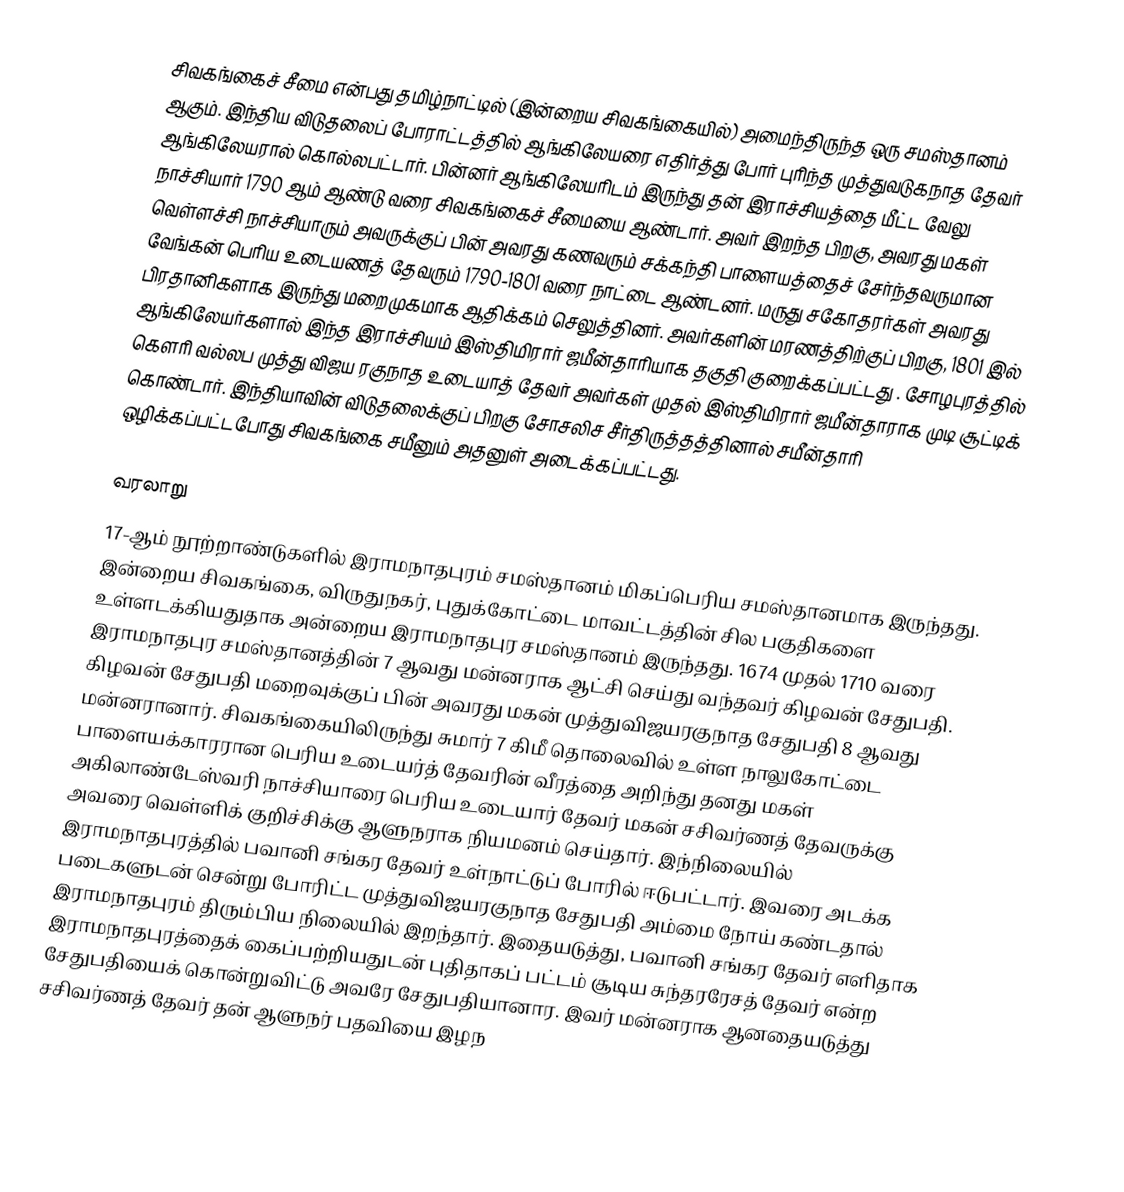
சிவகங்கைச் சீமை என்பது தமிழ்நாட்டில் (இன்றைய சிவகங்கையில்) அமைந்திருந்த ஒரு சமஸ்தானம் ஆகும். இந்திய விடுதலைப் போராட்டத்தில் ஆங்கிலேயரை எதிர்த்து போர் புரிந்த முத்துவடுகநாத தேவர் ஆங்கிலேயரால் கொல்லபட்டார். பின்னர் ஆங்கிலேயரிடம் இருந்து தன் இராச்சியத்தை மீட்ட வேலு நாச்சியார் 1790 ஆம் ஆண்டு வரை சிவகங்கைச் சீமையை ஆண்டார். அவர் இறந்த பிறகு, அவரது மகள் வெள்ளச்சி நாச்சியாரும் அவருக்குப் பின் அவரது கணவரும் சக்கந்தி பாளையத்தைச் சேர்ந்தவருமான வேங்கன் பெரிய உடையணத் தேவரும் 1790-1801 வரை நாட்டை ஆண்டனர். மருது சகோதரர்கள் அவரது பிரதானிகளாக இருந்து மறைமுகமாக ஆதிக்கம் செலுத்தினர். அவர்களின் மரணத்திற்குப் பிறகு, 1801 இல் ஆங்கிலேயர்களால் இந்த இராச்சியம் இஸ்திமிரார் ஜமீன்தாரியாக தகுதி குறைக்கப்பட்டது . சோழபுரத்தில் கௌரி வல்லப முத்து விஜய ரகுநாத உடையாத் தேவர் அவர்கள் முதல் இஸ்திமிரார் ஜமீன்தாராக முடி சூட்டிக் கொண்டார். இந்தியாவின் விடுதலைக்குப் பிறகு சோசலிச சீர்திருத்தத்தினால் சமீன்தாரி ஒழிக்கப்பட்டபோது சிவகங்கை சமீனும் அதனுள் அடைக்கப்பட்டது.

வரலாறு
17-ஆம் நூற்றாண்டுகளில் இராமநாதபுரம் சமஸ்தானம் மிகப்பெரிய சமஸ்தானமாக இருந்தது. இன்றைய சிவகங்கை, விருதுநகர், புதுக்கோட்டை மாவட்டத்தின் சில பகுதிகளை உள்ளடக்கியதுதாக அன்றைய இராமநாதபுர சமஸ்தானம் இருந்தது. 1674 முதல் 1710 வரை இராமநாதபுர சமஸ்தானத்தின் 7 ஆவது மன்னராக ஆட்சி செய்து  வந்தவர் கிழவன் சேதுபதி. கிழவன் சேதுபதி மறைவுக்குப் பின் அவரது மகன் முத்துவிஜயரகுநாத சேதுபதி 8 ஆவது மன்னரானார். சிவகங்கையிலிருந்து சுமார் 7 கிமீ தொலைவில் உள்ள  நாலுகோட்டை பாளையக்காரரான பெரிய உடையர்த் தேவரின் வீரத்தை அறிந்து தனது மகள் அகிலாண்டேஸ்வரி நாச்சியாரை பெரிய உடையார் தேவர் மகன் சசிவர்ணத் தேவருக்கு அவரை வெள்ளிக் குறிச்சிக்கு ஆளுநராக நியமனம் செய்தார். இந்நிலையில் இராமநாதபுரத்தில் பவானி சங்கர தேவர் உள்நாட்டுப் போரில் ஈடுபட்டார். இவரை அடக்க படைகளுடன் சென்று போரிட்ட முத்துவிஜயரகுநாத சேதுபதி  அம்மை நோய் கண்டதால் இராமநாதபுரம் திரும்பிய நிலையில் இறந்தார். இதையடுத்து, பவானி சங்கர தேவர் எளிதாக இராமநாதபுரத்தைக் கைப்பற்றியதுடன் புதிதாகப் பட்டம் சூடிய சுந்தரரேசத் தேவர் என்ற சேதுபதியைக் கொன்றுவிட்டு அவரே சேதுபதியானார. இவர் மன்னராக ஆனதையடுத்து சசிவர்ணத் தேவர் தன் ஆளுநர் பதவியை இழந